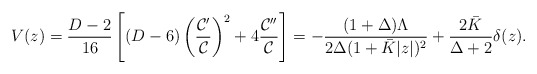
\begin{align*}V(z)={{D-2}\over{16}}\left[(D-6)\left({{{\cal C}^{\prime}}\over{\cal C}}\right)^2+4{{{\cal C}^{\prime\prime}}\over{\cal C}}\right]=-{{(1+\Delta)\Lambda}\over{2\Delta(1+\bar{K}|z|)^2}}+{{2\bar{K}}\over{\Delta+2}}\delta(z).\end{align*}